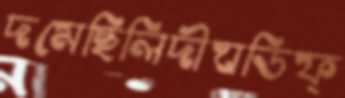
দমেছিলিদীঘডিফ্